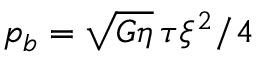
p _ { b } = \sqrt { G \eta } \, \tau \xi ^ { 2 } / 4